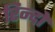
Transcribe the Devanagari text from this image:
रिन्दों